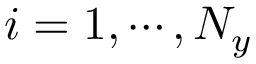
i = 1 , \cdots , N _ { y }